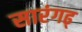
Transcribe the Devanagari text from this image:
सारंगढ्